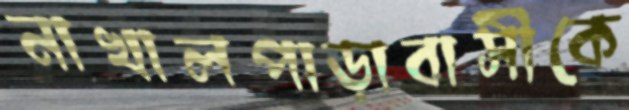
নাখালপাড়াবাসীকে